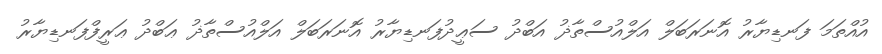
އުއްތަމަ ފަނޑިޔާރު އޮނަރަބަލް އަލްއުސްތާޛު އަބްދު ސަޢީދުފަނޑިޔާރު އޮނަރަބަލް އަލްއުސްތާޛު ޢަބްދު ޢަރީފްފަނޑިޔާރު